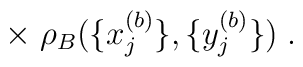
\times \; \rho_B(\{x_j^{(b)}\}, \{y_j^{(b)}\}) \; .